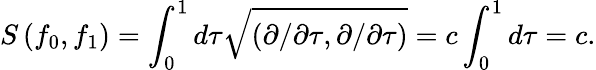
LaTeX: S\left(f_{0},f_{1}\right)=\int_{0}^{1}d\tau\sqrt{\left(\partial/\partial\tau,\partial/\partial\tau\right)}=c\int_{0}^{1}d\tau=c.